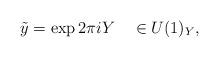
LaTeX: \begin{align*}\tilde{y} = \exp 2\pi i Y \ \ \ \in U(1)_Y,\end{align*}